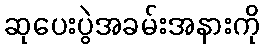
ဆုပေးပွဲအခမ်းအနားကို